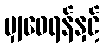
မျှဝေရန်နှင့်